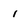
Character: i